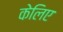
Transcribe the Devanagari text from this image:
केलिए